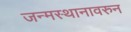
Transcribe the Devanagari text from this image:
जन्मस्थानावरुन